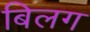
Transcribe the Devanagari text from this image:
बिलग